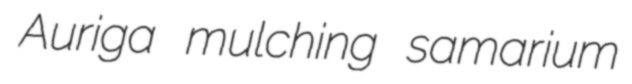
Auriga mulching samarium